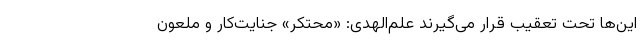
این‌ها تحت تعقیب قرار می‌گیرند علم‌الهدی: «محتکر» جنایت‌کار و ملعون